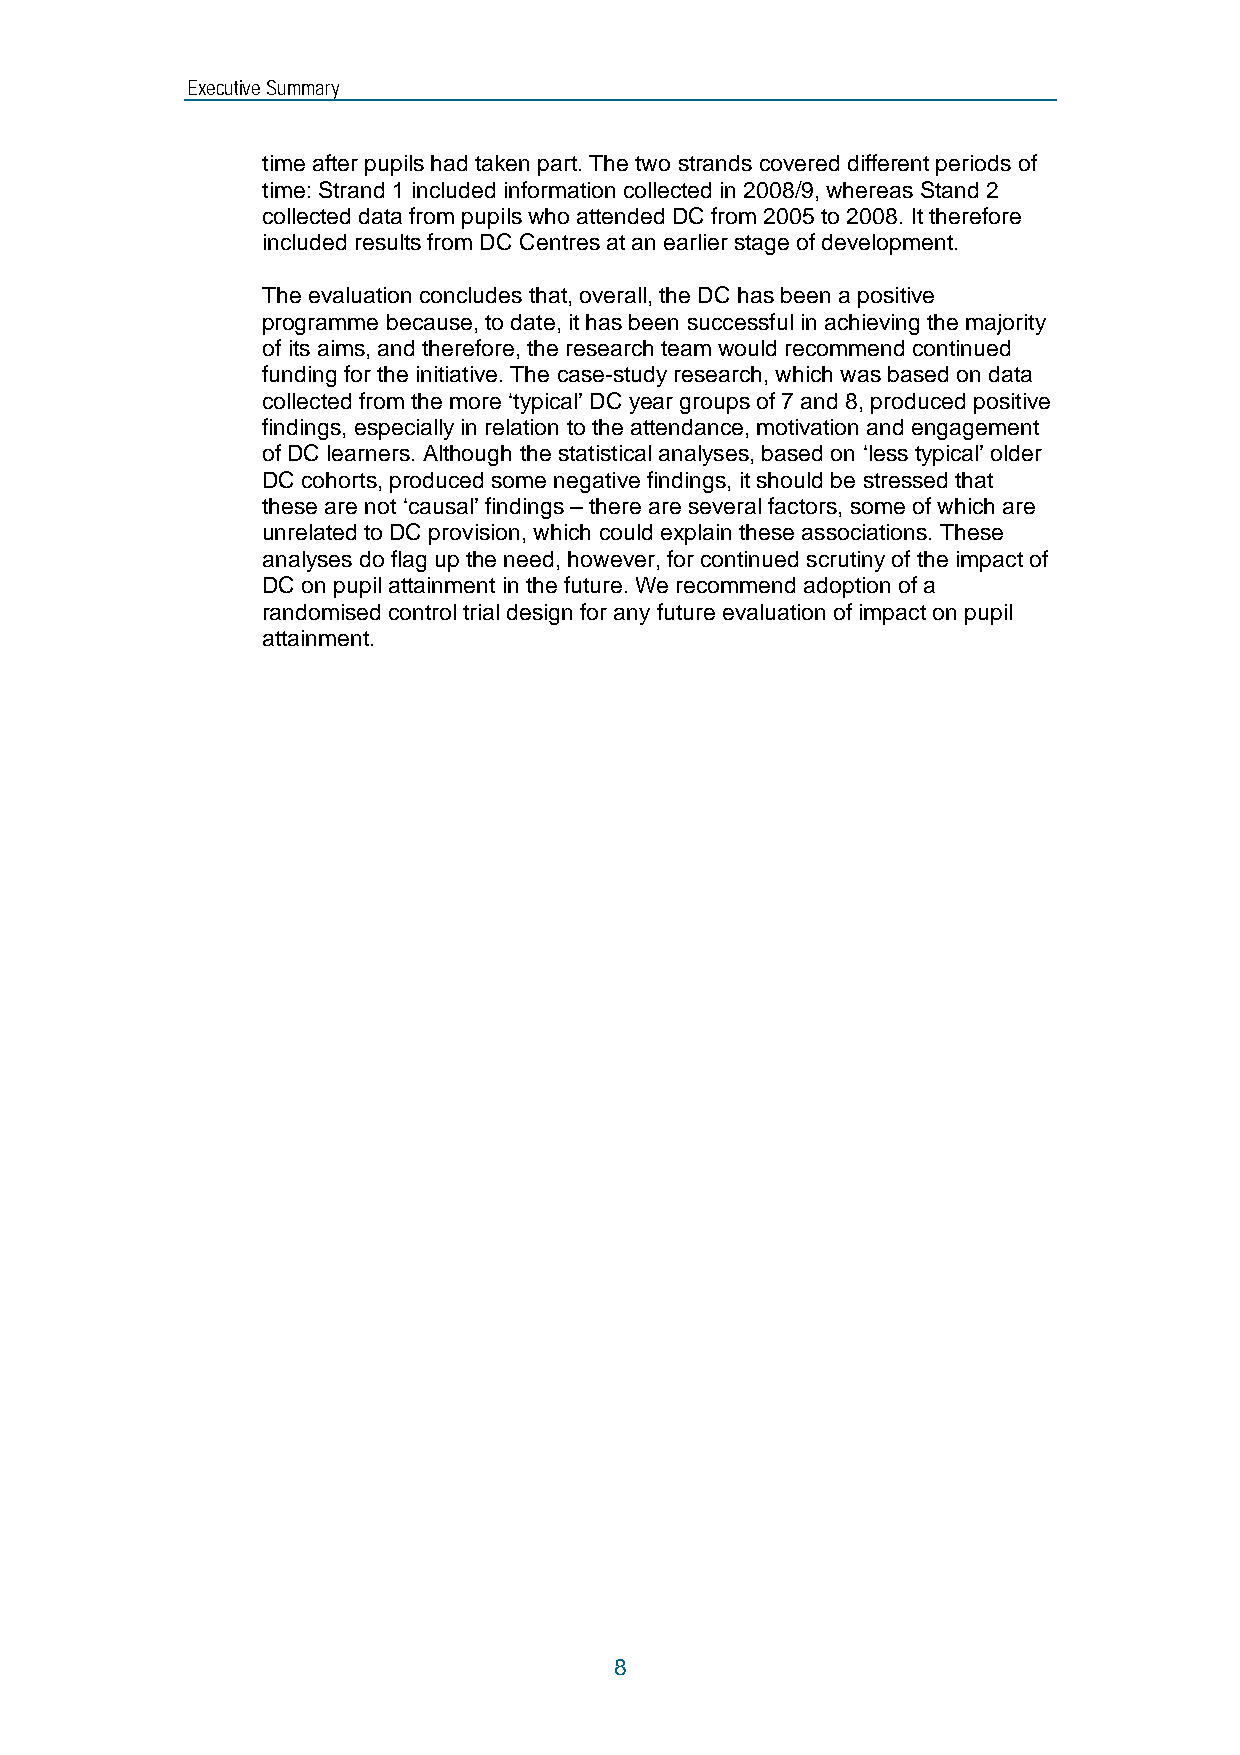
Executive Summary
 time after pupils had taken part. The two strands covered different periods of
 time: Strand 1 included information collected in 2008/9, whereas Stand 2
 collected data from pupils who attended DC from 2005 to 2008. It therefore
 included results from DC Centres at an earlier stage of development.
 The evaluation concludes that, overall, the DC has been a positive
 programme because, to date, it has been successful in achieving the majority
 of its aims, and therefore, the research team would recommend continued
 funding for the initiative. The case-study research, which was based on data
 collected from the more ‘typical’ DC year groups of 7 and 8, produced positive
 findings, especially in relation to the attendance, motivation and engagement
 of DC learners. Although the statistical analyses, based on ‘less typical’ older
 DC cohorts, produced some negative findings, it should be stressed that
 these are not ‘causal’ findings – there are several factors, some of which are
 unrelated to DC provision, which could explain these associations. These
 analyses do flag up the need, however, for continued scrutiny of the impact of
 DC on pupil attainment in the future. We recommend adoption of a
 randomised control trial design for any future evaluation of impact on pupil
 attainment.
 8